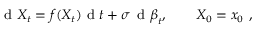
\small \mathrm { ~ d ~ } X _ { t } = f ( X _ { t } ) \mathrm { ~ d ~ } t + \sigma \, \mathrm { ~ d ~ } \boldsymbol { \beta } _ { t } , \qquad X _ { 0 } = x _ { 0 } \ ,